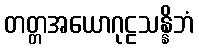
တတ္တအယောဂုဠသန္နိဘံ